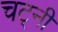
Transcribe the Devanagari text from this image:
चट्नी